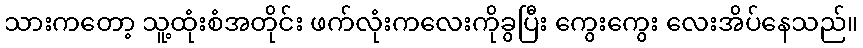
သားကတော့ သူ့ထုံးစံအတိုင်း ဖက်လုံးကလေးကိုခွပြီး ကွေးကွေး လေးအိပ်နေသည်။